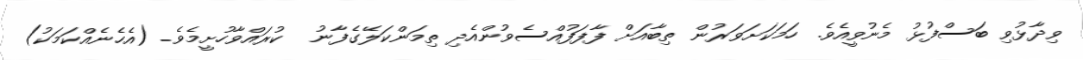
ވިދާޅުވި ބަސްފުޅު މެނުވީއެވެ. ހަމަކަށަވަރުން ތިބާއަށް ފާފަފުއްސެވުންއެދި ތިމަންކަލޭގެފާނު  ކުރައްވާހުށީމެވެ. (އެހެނެއްކަމަކު)